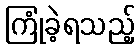
ကြုံခဲ့ရသည့်